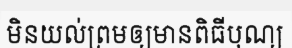
មិនយល់ព្រមឲ្យមានពិធីបុណ្យ